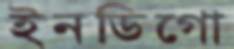
ইনডিগো